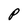
Character: p